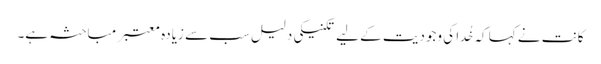
کانت نے کہا کہ خُدا کی وجودیت کے لیے تکنیکی دلیل سب سے زیادہ معتبر مباحثہ ہے۔